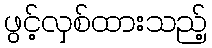
ဖွင့်လှစ်ထားသည့်